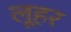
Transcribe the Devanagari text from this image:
लूहर